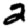
Digit: 2